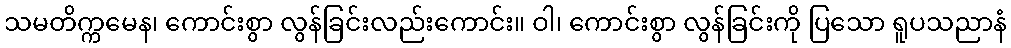
သမတိက္ကမေန၊ ကောင်းစွာ လွန်ခြင်းလည်းကောင်း။ ဝါ၊ ကောင်းစွာ လွန်ခြင်းကို ပြသော ရူပသညာနံ